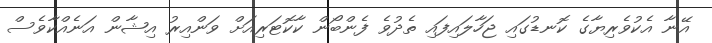
އޭނާ އެކުވެރިޔާގެ ކޮނޑުގައި ޖަހާލައިފައި ތެދުވެ ފެންބޯން ކާކޮޓަރިއަށް ވަންއިރު އިޝާން އަނެއްކާވެސް